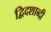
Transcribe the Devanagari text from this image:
द्विदशाब्दी